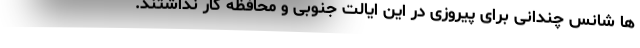
ها شانس چندانی برای پیروزی در این ایالت جنوبی و محافظه کار نداشتند.